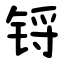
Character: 锊